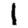
Digit: 1